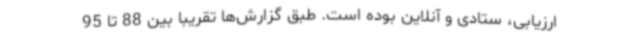
ارزیابی، ستادی و آنلاین بوده است. طبق گزارش‌ها تقریبا بین 88 تا 95